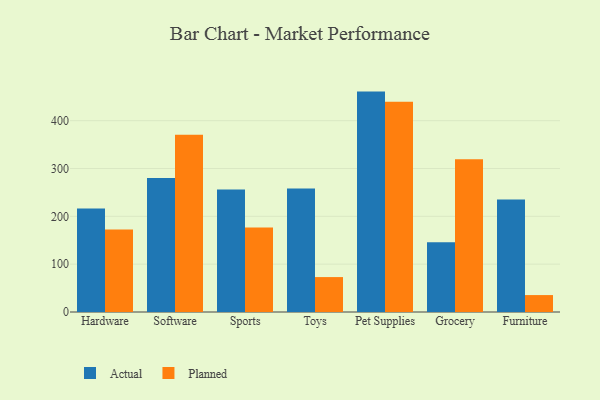
{"axis": {"x": "Category", "y": "Customer Acquisition Cost (USD)"}, "legend": ["Actual", "Planned"], "data": [{"x": "Hardware", "y": 216.5, "type": "Actual"}, {"x": "Hardware", "y": 172.3, "type": "Planned"}, {"x": "Software", "y": 279.9, "type": "Actual"}, {"x": "Software", "y": 370.4, "type": "Planned"}, {"x": "Sports", "y": 256.1, "type": "Actual"}, {"x": "Sports", "y": 176.9, "type": "Planned"}, {"x": "Toys", "y": 258.3, "type": "Actual"}, {"x": "Toys", "y": 73.0, "type": "Planned"}, {"x": "Pet Supplies", "y": 460.8, "type": "Actual"}, {"x": "Pet Supplies", "y": 439.5, "type": "Planned"}, {"x": "Grocery", "y": 145.6, "type": "Actual"}, {"x": "Grocery", "y": 319.1, "type": "Planned"}, {"x": "Furniture", "y": 235.3, "type": "Actual"}, {"x": "Furniture", "y": 35.4, "type": "Planned"}]}